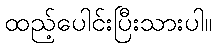
ထည့်ပေါင်းပြီးသားပါ။